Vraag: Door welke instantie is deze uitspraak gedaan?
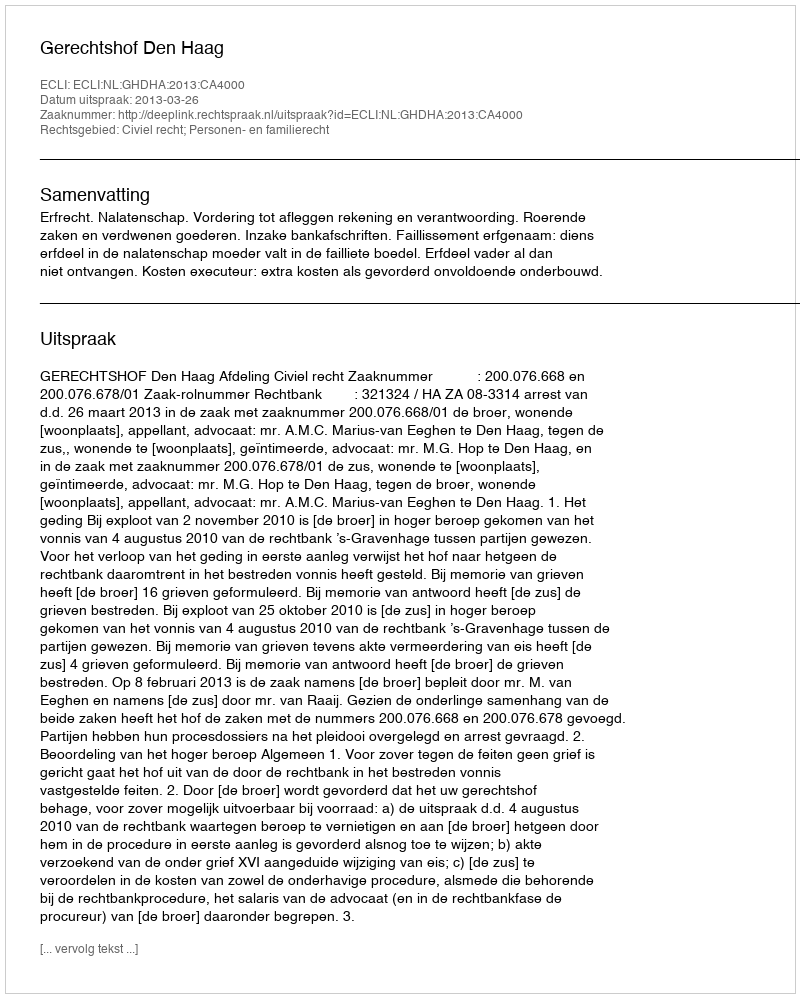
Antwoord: Gerechtshof Den Haag